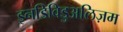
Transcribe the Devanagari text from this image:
इनडिविडुअलिज़म